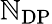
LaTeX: \mathbb{N}_{\mathrm{{DP}}}